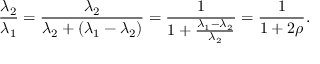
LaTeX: { \frac { \lambda _ { 2 } } { \lambda _ { 1 } } } = { \frac { \lambda _ { 2 } } { \lambda _ { 2 } + ( \lambda _ { 1 } - \lambda _ { 2 } ) } } = { \frac { 1 } { 1 + { \frac { \lambda _ { 1 } - \lambda _ { 2 } } { \lambda _ { 2 } } } } } = { \frac { 1 } { 1 + 2 \rho } } .